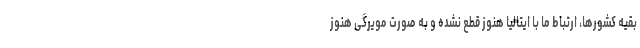
بقیه کشورها، ارتباط ما با ایتالیا هنوز قطع نشده و به صورت مویرگی هنوز